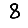
Digit: 8